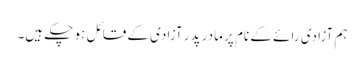
ہم آزادی رائے کے نام پر مادر پدر آزادی کے قائل ہو چکے ہیں۔